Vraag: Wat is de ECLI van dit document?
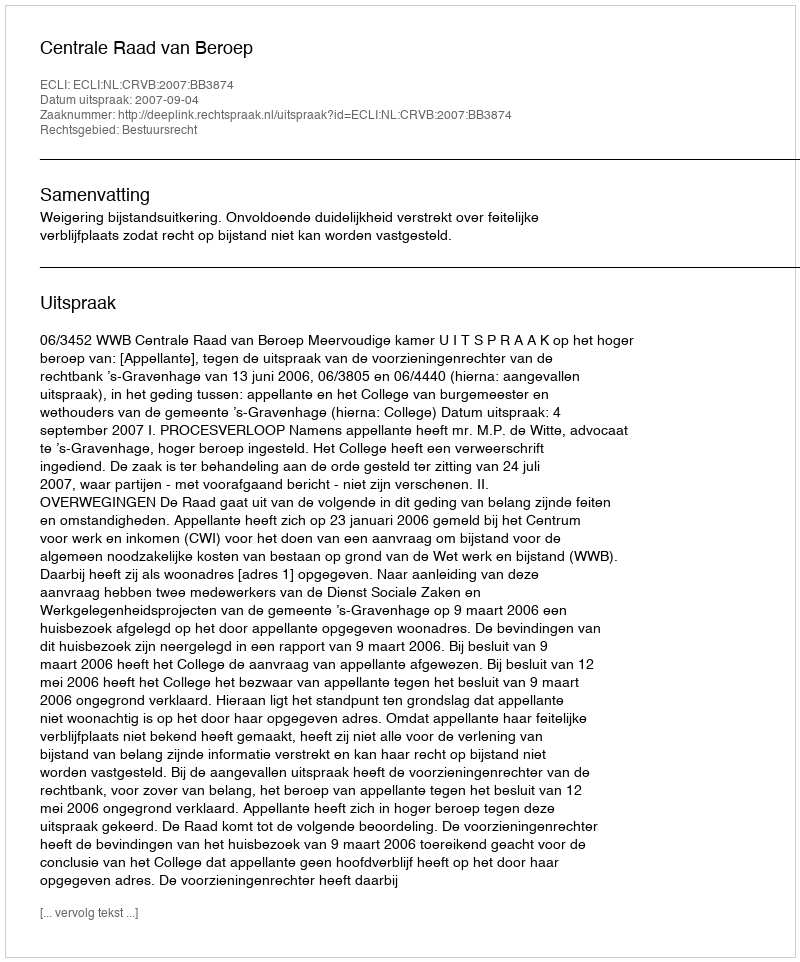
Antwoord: ECLI:NL:CRVB:2007:BB3874